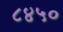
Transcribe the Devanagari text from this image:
८४५०